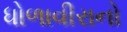
ધોળાવીરાનો